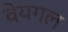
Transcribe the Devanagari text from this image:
वेयगल